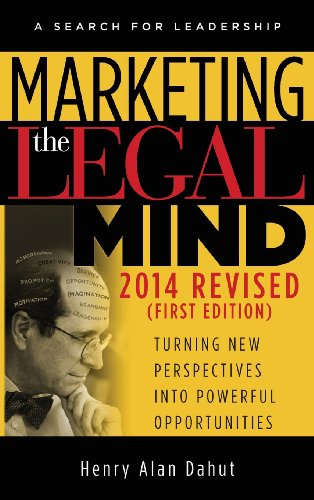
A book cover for Marketing the Legal Mind: A Search For Leadership - 2014; Henry Dahut; Law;